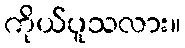
ကိုယ်ပူသလား။